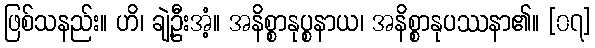
ဖြစ်သနည်း။ ဟိ၊ ချဲ့ဦးအံ့။ အနိစ္စာနုပ္စနာယ၊ အနိစ္စာနုပဿနာ၏။ [၀၇]